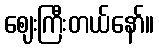
ဈေးကြီးတယ်နော်။